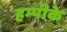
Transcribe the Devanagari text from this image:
हम्पीके